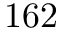
1 6 2